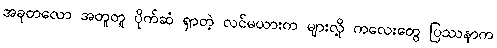
အခုတလော အတူတူ ပိုက်ဆံ ရှာတဲ့ လင်မယားက များလို့ ကလေးတွေ ပြဿနာက